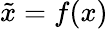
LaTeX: \tilde{x}=f(x)